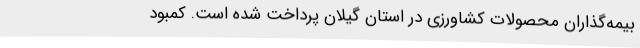
بیمه‌گذاران محصولات کشاورزی در استان گیلان پرداخت شده است. کمبود